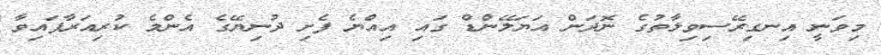
މިވަނީ އިނގިރޭސިވިލާތުގެ ނޮދަން އަޔަލޭންޑް ގައި އިއްޔެ ފެށި ދުނިޔޭގެ އެންމެ ކުރިއަރާފައިވާ